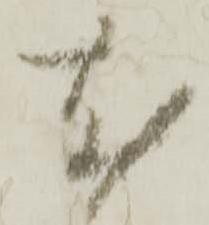
尤